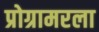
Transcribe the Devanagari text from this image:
प्रोग्रामरला